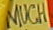
MUCH